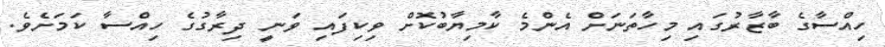
ހިއްސާގެ ބާޒާރުގައި މިހާތަނަށް އެންމެ ކާމިޔާބުކޮށް ވިކިފައި ވަނީ ދިރާގުގެ ހިއްސާ ކަމަށެވެ.